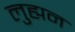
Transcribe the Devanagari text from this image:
लुह्मन